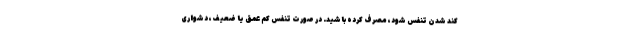
کند شدن تنفس شود، مصرف کرده باشید. در صورت تنفس کم عمق یا ضعیف، دشواری